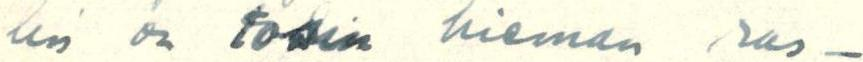
lin on tosin hieman ras-